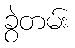
ခွဲတမ်း